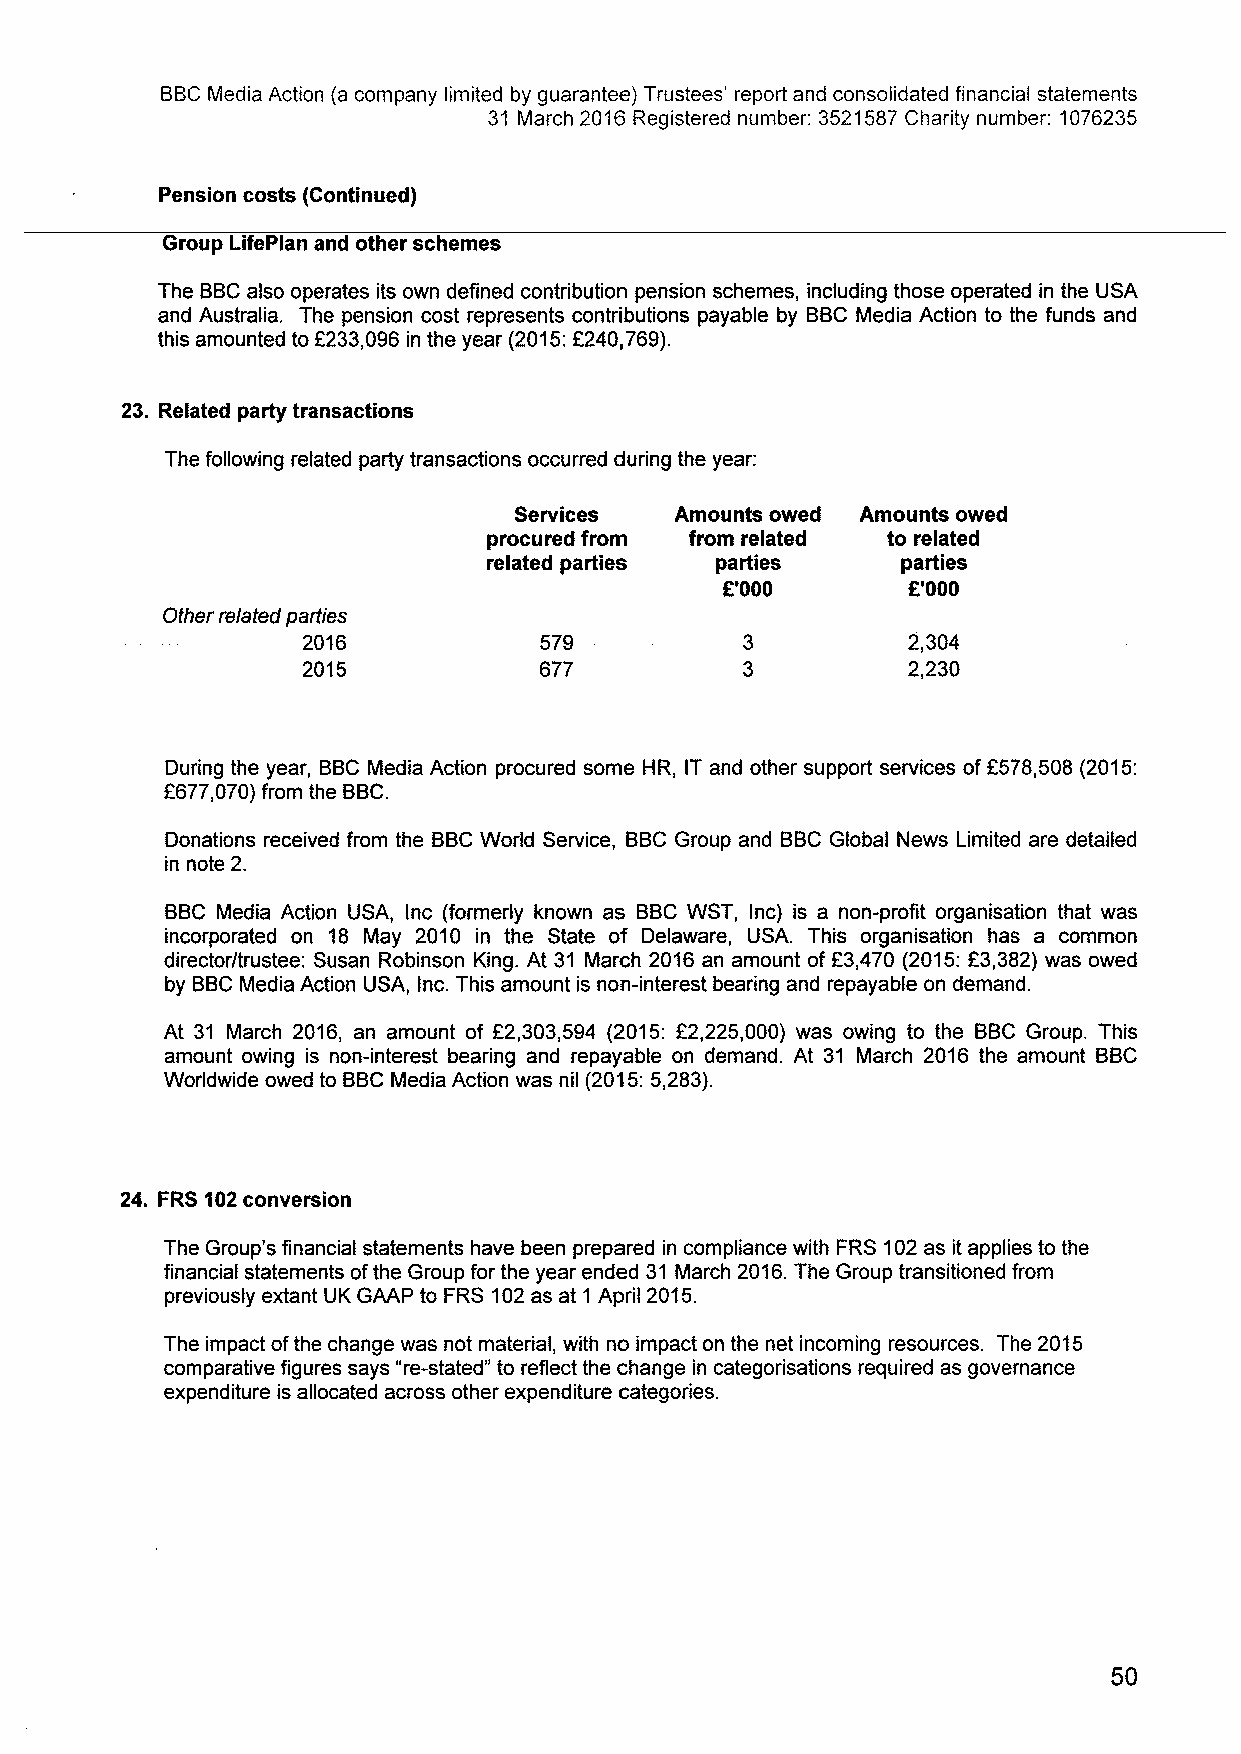
BBCMedia Action (a company limited by guarantee) Trustees' report and consolidated financial statements
 31 March 2016Registered number: 3521587Charity number: 1076235
 Pension costs (Continued)
 Group LifePlan and other schemes
 The BBCalso operates its own defined contribution pension schemes, including those operated in the USA
 and Australia. The pension cost represents contributions payable by BBCMedia Action to the funds and
 f                f
 this amounted to 233,096 in the year (2015: 240,769).
 23. Related party transactions
 The following related party transactions occurred during the year:
 Services   Amounts owed Amounts owed
 procured from from related to related
 related parties parties     parties
 K'000       f.'000
 Other related parties
 2016            579                     2,304
 2015            677                     2,230
 During the year, BBCMedia Action procured some HR, IT and other support services off578,508 (2015:
 6677,070)from the BBC.
 Donations received from the BBCWorld Service, BBCGroup and BBCGlobal News Limited are detailed
 in note 2.
 BBC Media Action USA, inc (formerly known as BBC WST, Inc) is a non-profit organisation that was
 incorporated on 18 May 2010 in the State of Delaware, USA. This organisation has a common
 director/trustee: Susan Robinson King. At 31 March 2016 an amount of F3,470 (2015:E3,382) was owed
 by BBCMedia Action USA, Inc. This amount is non-interest bearing and repayable on demand.
 At 31 March 2016, an amount of F2,303,594 (2015: E2,225,000) was owing to the BBC Group. This
 amount owing is non-interest bearing and repayable on demand. At 31 March 2016 the amount BBC
 Worldwide owed to BBCMedia Action was nil (2015:5,283).
 24. FRS102conversion
 The Group's financial statements have been prepared in compliance with FRS 102as it applies to the
 financial statements ofthe Group for the year ended 31 March 2016.The Group transitioned from
 previously extant UK GAAP to FRS 102as at 1 April 2015.
 The impact ofthe change was not material, with no impact on the net incoming resources. The 2015
 comparative figures says "re-stated" to reflect the change in categorisations required as governance
 expenditure is allocated across other expenditure categories.
 50